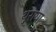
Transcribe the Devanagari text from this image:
थ़ुराया